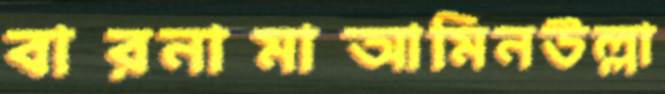
বারনামাআমিনউল্লা